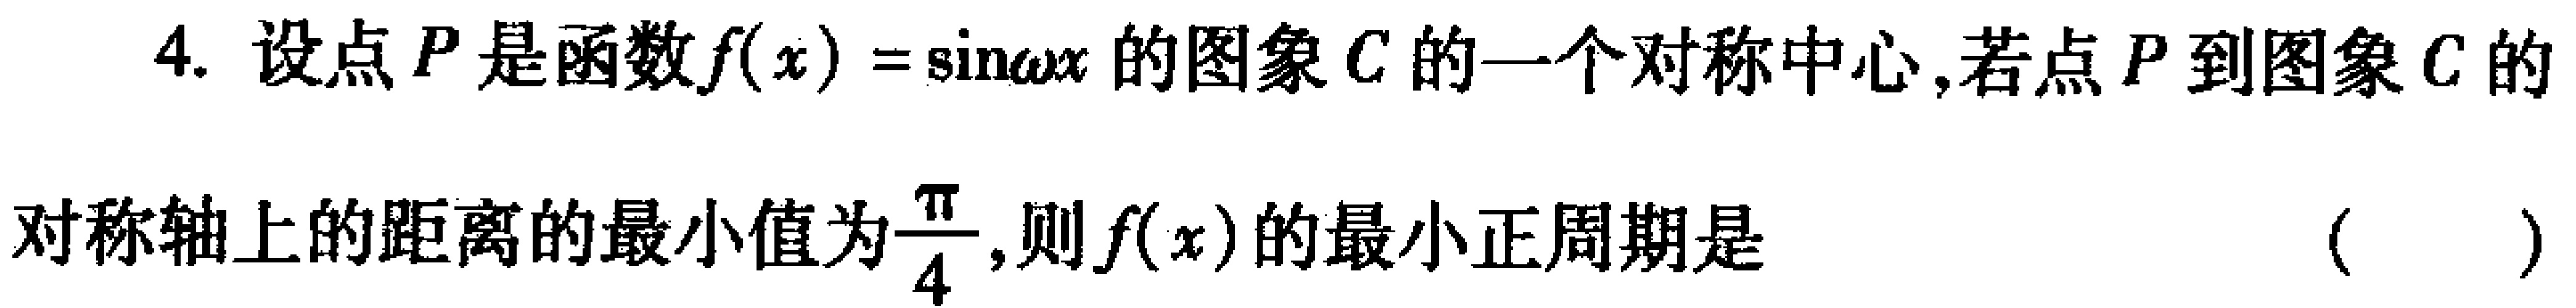
4. 设点\(P\)是函数\(f(x)=\sin\omega x\)的图象\(C\)的一个对称中心,若点\(P\)到图象\(C\)的对称轴上的距离的最小值为\(\frac{\pi}{4}\),则\(f(x)\)的最小正周期是 （  ）